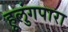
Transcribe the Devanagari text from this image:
हूलुंगपारा